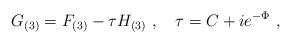
LaTeX: \begin{align*}G_{(3)} = F_{(3)} - \tau H_{(3)}\ , \quad \tau = C + i e^{-\Phi}\ ,\end{align*}